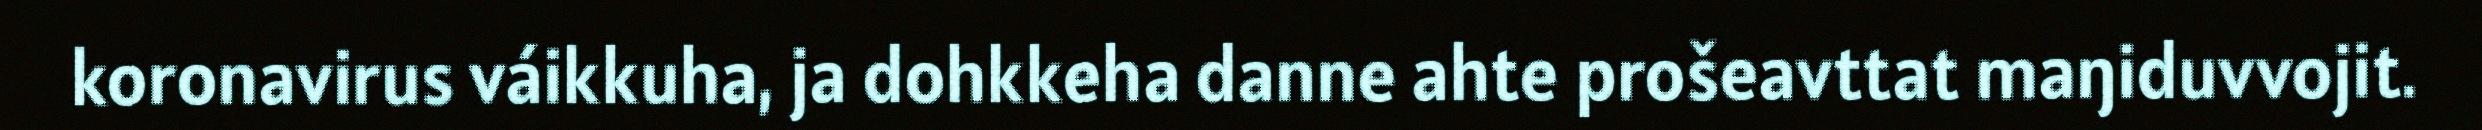
koronavirus váikkuha, ja dohkkeha danne ahte prošeavttat maŋiduvvojit.